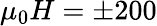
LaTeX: \mu_{0}H=\pm 200